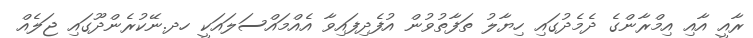
ރާއީ އާއި އިމްރާންގެ ދެމެދުގައި ހިޔާލު ތަފާތުވުން އުފެދިފައިވާ އެއްމައްސަލައަކީ ހދ.ނޭކުރެންދޫގައި ޖަލެއް